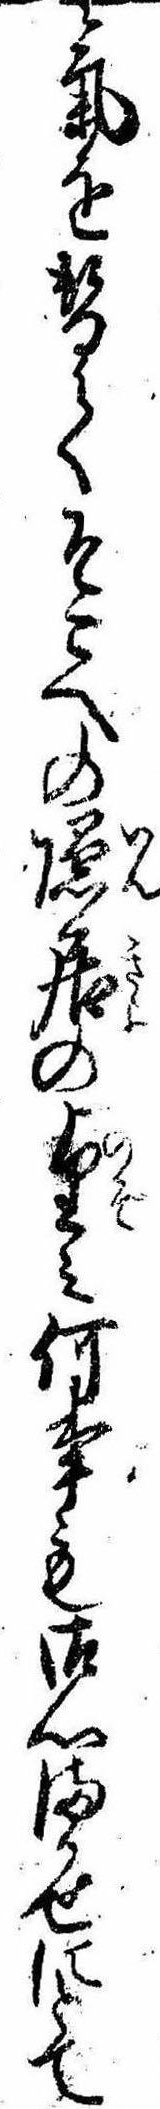
気を替てそこへの隠居の望み何事も御心まかせにとて